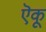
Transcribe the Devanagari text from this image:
ऎकू